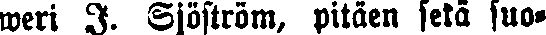
weri I. Sjöström, pitäen sekä suo-